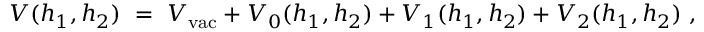
V ( h _ { 1 } , h _ { 2 } ) \ = \ V _ { \mathrm { v a c } } + V _ { 0 } ( h _ { 1 } , h _ { 2 } ) + V _ { 1 } ( h _ { 1 } , h _ { 2 } ) + V _ { 2 } ( h _ { 1 } , h _ { 2 } ) \ ,